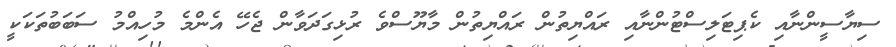
ސިޔާސީންނާއި ކެޕިޓަލިސްޓުންނާއި ރައްޔިތުން ރައްޔިތުން މާޔޫސްވެ ރުޅިގަދަވާން ޖެހޭ އެންމެ މުހިއްމު ސަބަބުތަކަކީ